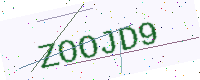
Text: ZOOJD9